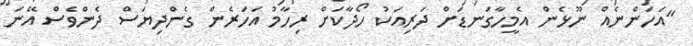
"އަހަންނެއް ނޫޅެން އެމީހާގަނޑަށް ދަރިއަކު ހޯދާކަށް ރިހާމު އަހަރެން ގެންދިޔަސް ދެންވެސް އޭނަ